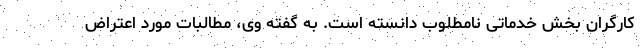
کارگران بخش خدماتی نامطلوب دانسته است. به گفته وی، مطالبات مورد اعتراض